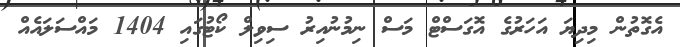
އެގޮތުން މިދިޔަ އަހަރުގެ އޮގަސްޓް މަސް ނިމުނުއިރު ސިވިލް ކޯޓުގައި 1404 މައްސަލައެއް